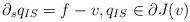
LaTeX: \begin{align*}\partial_s q_{IS} = f- v, q_{IS} \in \partial J(v)\end{align*}